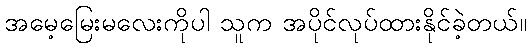
အမေ့မြေးမလေးကိုပါ သူက အပိုင်လုပ်ထားနိုင်ခဲ့တယ်။